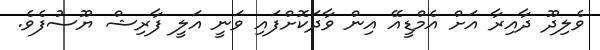
ވެލިދޫ ދާއިރާ އަށް އެމްޑީއޭ އިން ވާދަކޮށްފައި ވަނީ އަލީ ފާރިޝް ޔޫސުފެވެ.